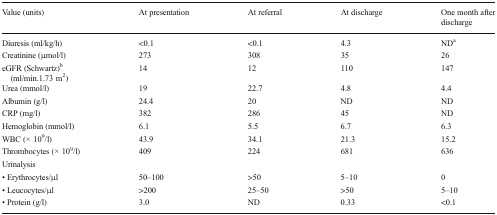
| Value (units) | At presentation | At referral | At discharge | One month after discharge |
 | --- | --- | --- | --- | --- |
 | Diuresis (ml/kg/h) | <0.1 | <0.1 | 4.3 | NDa |
 | Creatinine (μmol/l) | 273 | 308 | 35 | 26 |
 | eGFR (Schwartz)b (ml/min.1.73 m2) | 14 | 12 | 110 | 147 |
 | Urea (mmol/l) | 19 | 22.7 | 4.8 | 4.4 |
 | Albumin (g/l) | 24.4 | 20 | ND | ND |
 | CRP (mg/l) | 382 | 286 | 45 | ND |
 | Hemoglobin (mmol/l) | 6.1 | 5.5 | 6.7 | 6.3 |
 | WBC (× 109/l) | 43.9 | 34.1 | 21.3 | 15.2 |
 | Thrombocytes (× 109/l) | 409 | 224 | 681 | 636 |
 | Urinalysis |  |  |  |  |
 | • Erythrocytes/μl | 50–100 | >50 | 5–10 | 0 |
 | • Leucocytes/μl | >200 | 25–50 | >50 | 5–10 |
 | • Protein (g/l) | 3.0 | ND | 0.33 | <0.1 |